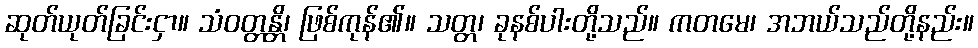
ဆုတ်ယုတ်ခြင်းငှာ။ သံဝတ္တန္တိ၊ ဖြစ်ကုန်၏။ သတ္တ၊ ခုနစ်ပါးတို့သည်။ ကတမေ၊ အဘယ်သည်တို့နည်း။